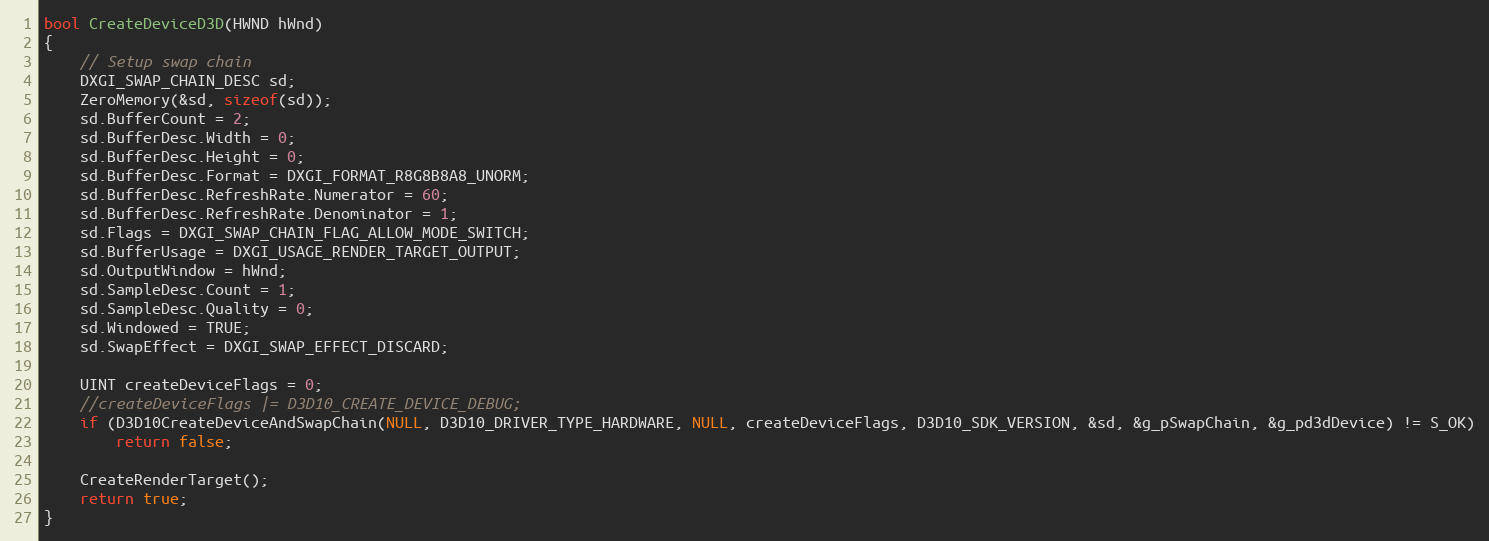
Language: C++
bool CreateDeviceD3D(HWND hWnd)
{
    // Setup swap chain
    DXGI_SWAP_CHAIN_DESC sd;
    ZeroMemory(&sd, sizeof(sd));
    sd.BufferCount = 2;
    sd.BufferDesc.Width = 0;
    sd.BufferDesc.Height = 0;
    sd.BufferDesc.Format = DXGI_FORMAT_R8G8B8A8_UNORM;
    sd.BufferDesc.RefreshRate.Numerator = 60;
    sd.BufferDesc.RefreshRate.Denominator = 1;
    sd.Flags = DXGI_SWAP_CHAIN_FLAG_ALLOW_MODE_SWITCH;
    sd.BufferUsage = DXGI_USAGE_RENDER_TARGET_OUTPUT;
    sd.OutputWindow = hWnd;
    sd.SampleDesc.Count = 1;
    sd.SampleDesc.Quality = 0;
    sd.Windowed = TRUE;
    sd.SwapEffect = DXGI_SWAP_EFFECT_DISCARD;

    UINT createDeviceFlags = 0;
    //createDeviceFlags |= D3D10_CREATE_DEVICE_DEBUG;
    if (D3D10CreateDeviceAndSwapChain(NULL, D3D10_DRIVER_TYPE_HARDWARE, NULL, createDeviceFlags, D3D10_SDK_VERSION, &sd, &g_pSwapChain, &g_pd3dDevice) != S_OK)
        return false;

    CreateRenderTarget();
    return true;
}